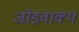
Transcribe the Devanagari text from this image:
जोडवाक्य